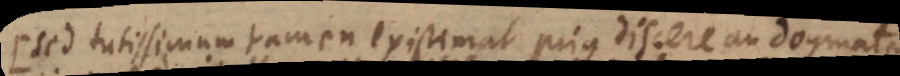
Sed tutissimum tamen existimat prius discere an dogmata